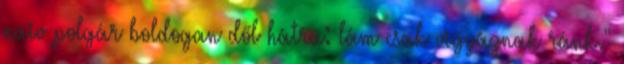
naiv polgár boldogan dől hátra: lám csak vigyáznak ránk."